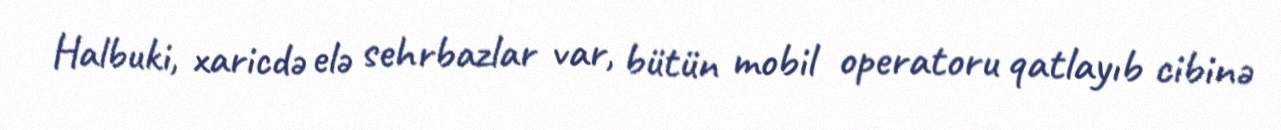
Halbuki, xaricdə elə sehrbazlar var, bütün mobil operatoru qatlayıb cibinə